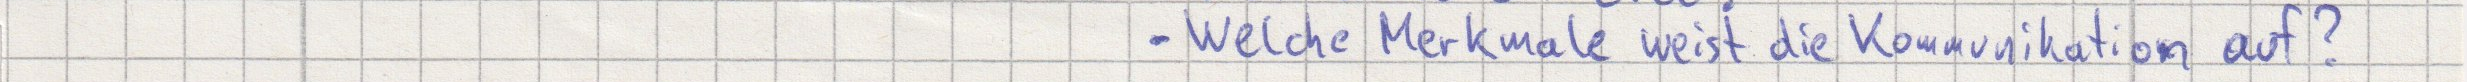
- Welche Merkmale weist die Kommunikation auf?